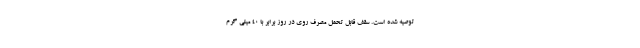
توصیه شده است. سقف قابل تحمل مصرف روی در روز برابر با 40 میلی گرم